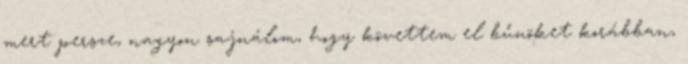
mert persze, nagyon sajnálom, hogy követtem el bűnöket korábban,